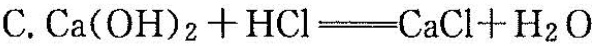
C.$$Ca(OH)_{2}+HCl=CaCl+H_{2}O$$